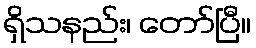
ရှိသနည်း၊ တော်ပြီ။